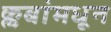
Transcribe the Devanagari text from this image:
क्लबांमधून